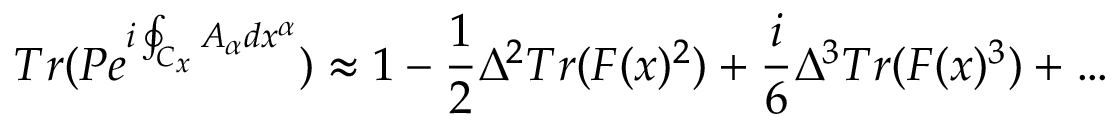
T r ( P e ^ { i \oint _ { C _ { x } } A _ { \alpha } d x ^ { \alpha } } ) \approx 1 - { \frac { 1 } { 2 } } \Delta ^ { 2 } T r ( F ( x ) ^ { 2 } ) + { \frac { i } { 6 } } \Delta ^ { 3 } T r ( F ( x ) ^ { 3 } ) + \dots